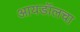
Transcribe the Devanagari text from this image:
आयडॉलचा